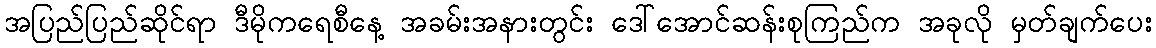
အပြည်ပြည်ဆိုင်ရာ ဒီမိုကရေစီနေ့ အခမ်းအနားတွင်း ဒေါ်အောင်ဆန်းစုကြည်က အခုလို မှတ်ချက်ပေး